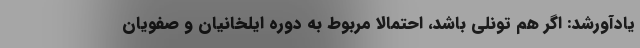
یادآورشد: اگر هم تونلی باشد، احتمالا مربوط به دوره ایلخانیان و صفویان